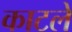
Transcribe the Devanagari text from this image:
काटले